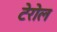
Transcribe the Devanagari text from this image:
टेरोल